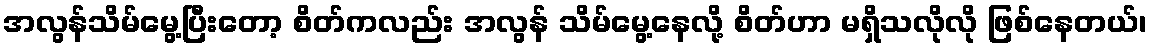
အလွန်သိမ်မွေ့ပြီးတော့ စိတ်ကလည်း အလွန် သိမ်မွေ့နေလို့ စိတ်ဟာ မရှိသလိုလို ဖြစ်နေတယ်၊